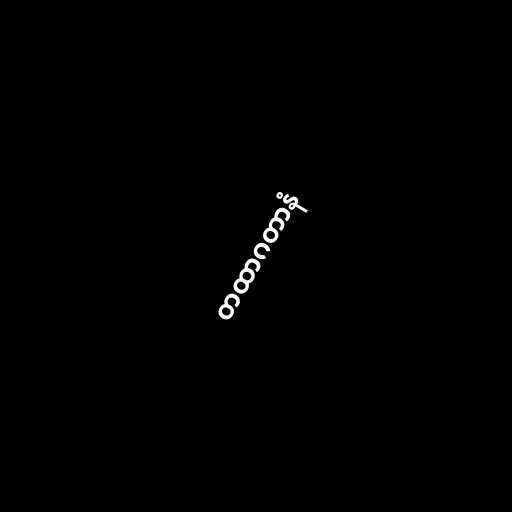
တထာဂတာနံ